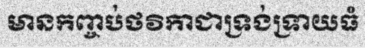
មានកញ្ចប់ថវិកាជាទ្រង់ទ្រាយធំ